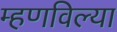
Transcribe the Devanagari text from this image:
म्हणविल्या